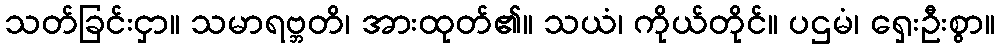
သတ်ခြင်းငှာ။ သမာရဗ္ဘတိ၊ အားထုတ်၏။ သယံ၊ ကိုယ်တိုင်။ ပဌမံ၊ ရှေးဦးစွာ။